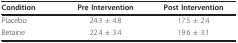
<table><thead><tr><td><b>Condition</b></td><td><b>Pre Intervention</b></td><td><b>Post Intervention</b></td></tr></thead><tbody><tr><td>Placebo</td><td>24.3 ± 4.8</td><td>17.5 ± 2.4</td></tr><tr><td>Betaine</td><td>22.4 ± 3.4</td><td>19.6 ± 3.1</td></tr></tbody></table>